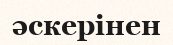
әскерінен